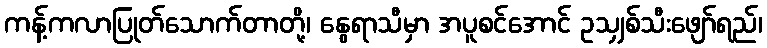
ကန့်ကလာပြုတ်သောက်တာတို့၊ နွေရာသီမှာ အပူစင်အောင် ဥသျှစ်သီးဖျော်ရည်၊